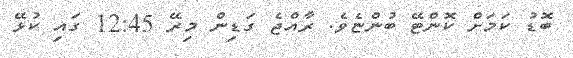
ބޮޑު ކަމަށް ކޮންޓޭ ބުންޏެވެ. ރާއްޖެ ގަޑިން މިރޭ 12:45 ގައި ކުޅޭ